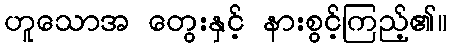
ဟူသောအ တွေးနှင့် နားစွင့်ကြည့်၏။